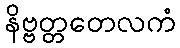
နိဗ္ဗတ္တတေလကံ